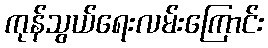
ကုန်သွယ်ရေးလမ်းကြောင်း